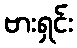
ဗားရှင်း